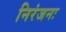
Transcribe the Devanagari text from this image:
निरंजनः